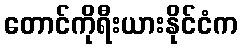
တောင်ကိုရီးယားနိုင်ငံက